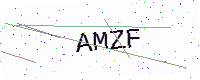
Text: AMZF